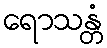
ရောသန္တံ